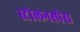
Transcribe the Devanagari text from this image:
स्टोलनस्पेस